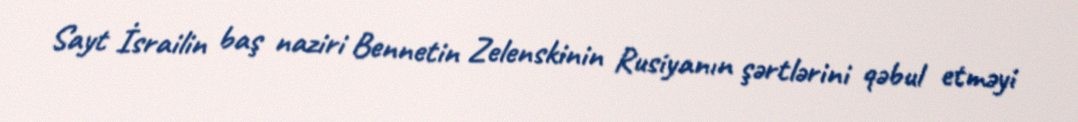
Sayt İsrailin baş naziri Bennetin Zelenskinin Rusiyanın şərtlərini qəbul etməyi